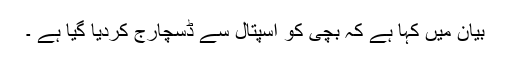
بیان میں کہا ہے کہ بچی کو اسپتال سے ڈسچارج کردیا گیا ہے ۔